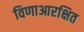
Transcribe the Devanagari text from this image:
विणाआरक्षित